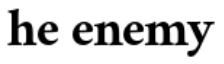
he enemy